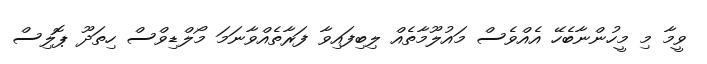
ވީމާ މި މީހުންނާބެހޭ އެއްވެސް މައުލޫމާތެއް ލިބިފައިވާ ފަރާތެއްވާނަމަ މޯލްޑިވްސް ހިތަދޫ ޕޮލިސް